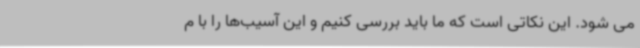
می شود. این نکاتی است که ما باید بررسی کنیم و این آسیب‌ها را با م